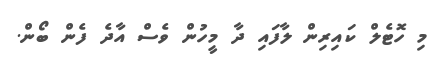
މި ހޮޓެލް ކައިރިން ލާފައި ދާ މީހުން ވެސް އާދެ ފެން ބޯން.